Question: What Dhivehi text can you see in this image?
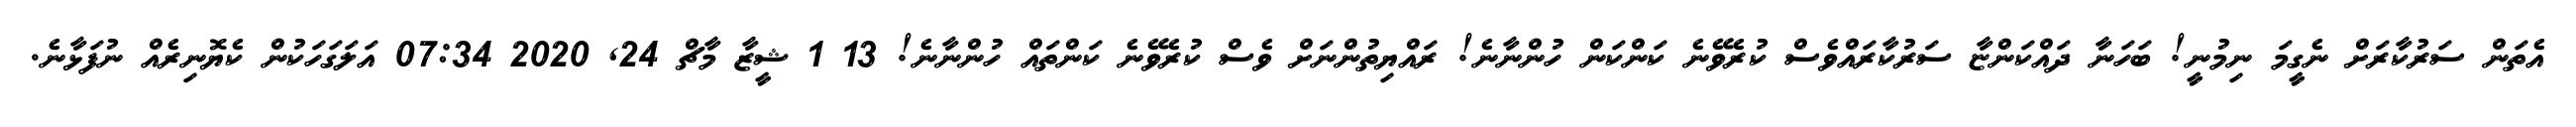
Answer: އެތަން ސަރުކާރަށް ނެގީމަ ނިމުނީ! ބަހަނާ ދައްކަންޏާ ސަރުކާރައްވެސް ކުރެވޭނެ ކަންކަން ހުންނާނެ! ރައްޔިތުންނަށް ވެސް ކުރެވޭނެ ކަންތައް ހުންނާނެ! 13 1 ޝީޒާ މާޗް 24, 2020 07:34 އަލަގަހަކުން ކެޔޮނިރެއް ނުފަޅާނެ.